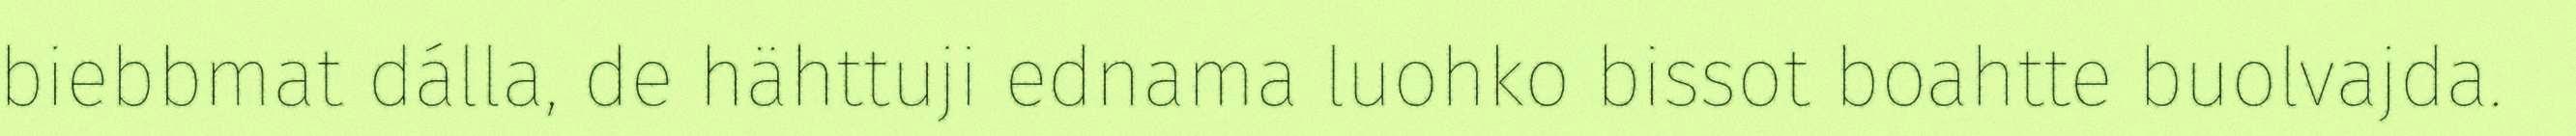
biebbmat dálla, de hähttuji ednama luohko bissot boahtte buolvajda.